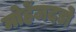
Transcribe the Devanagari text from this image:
मोहेंजदडो